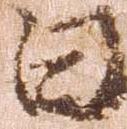
日